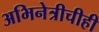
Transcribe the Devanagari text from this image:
अभिनेत्रीचीही